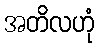
အတိလဟုံ